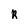
Character: R